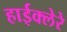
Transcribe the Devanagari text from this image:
हाईक्लेरे